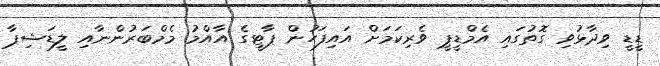
ޑީޑީ ވިދާޅުވި ގޮތުގައި އެމްޑީޕީ ވެރިކަމަށް އައިފަހުން ޕާޓީގެ އާއްމު މެމްބަރުންނާއި ލީޑަޝިޕާ